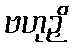
ဗဟုဉှိ